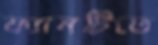
ফ্যানটিতে